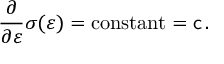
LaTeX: { \frac { \partial } { \partial { \boldsymbol { \varepsilon } } } } { \boldsymbol { \sigma } } ( { \boldsymbol { \varepsilon } } ) = { \mathrm { c o n s t a n t } } = { \mathsf { c } } \, .